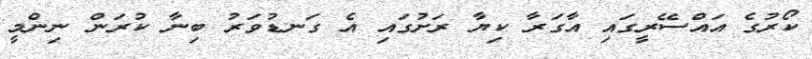
ކޯރުގެ އައްސޭރީގައި އާގަރާ ކިޔާ ރަށުގައި އެ ގަނޑުވަރު ބިނާ ކުރަން ނިންމީ